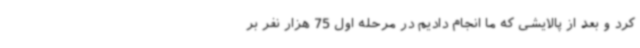
کرد و بعد از پالایشی که ما انجام دادیم در مرحله اول 75 هزار نفر بر